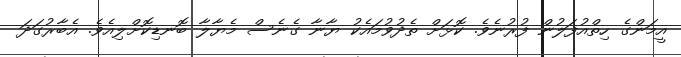
އީމަންގެ ހިތްއުފަލުން ފުރުނެވެ. ކޮޅަށް ތެދުވުމައެކު ޔާނާ ގެނެސް މެޔާލާ ބޮނޑިކޮށްލިއެވެ. އެބާރުގަދަ